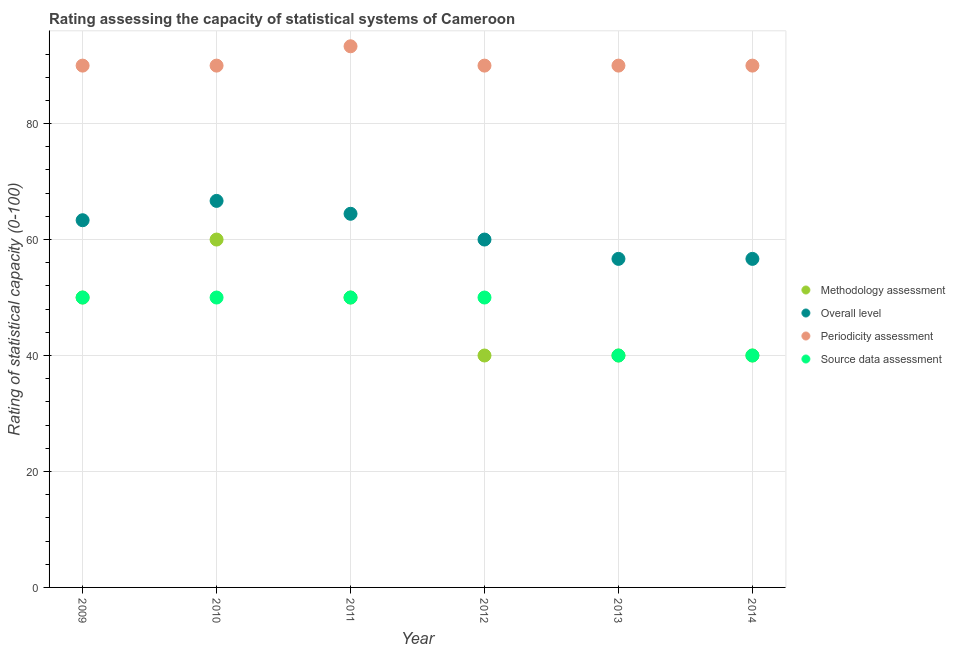
| Year | Methodology assessment | Overall level | Periodicity assessment | Source data assessment |
 | --- | --- | --- | --- | --- |
 | 2009 | 50 | 63.3 | 90 | 50 |
 | 2010 | 60 | 66.7 | 90 | 50 |
 | 2011 | 50 | 64.4 | 93.3 | 50 |
 | 2012 | 40 | 60 | 90 | 50 |
 | 2013 | 40 | 56.7 | 90 | 40 |
 | 2014 | 40 | 56.7 | 90 | 40 |